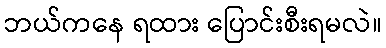
ဘယ်ကနေ ရထား ပြောင်းစီးရမလဲ။